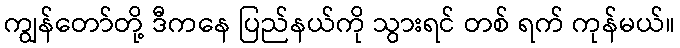
ကျွန်တော်တို့ ဒီကနေ ပြည်နယ်ကို သွားရင် တစ် ရက် ကုန်မယ်။